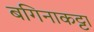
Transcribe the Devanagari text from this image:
बगिनाकट्टा